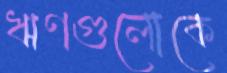
ঋণগুলোকে